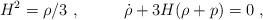
LaTeX: \begin{align*}H^2 = \rho/3 \ ,~~~~~~~~ \dot \rho + 3H (\rho + p) =0 \ ,\end{align*}